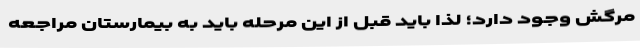
مرگش وجود دارد؛ لذا باید قبل از این مرحله باید به بیمارستان مراجعه